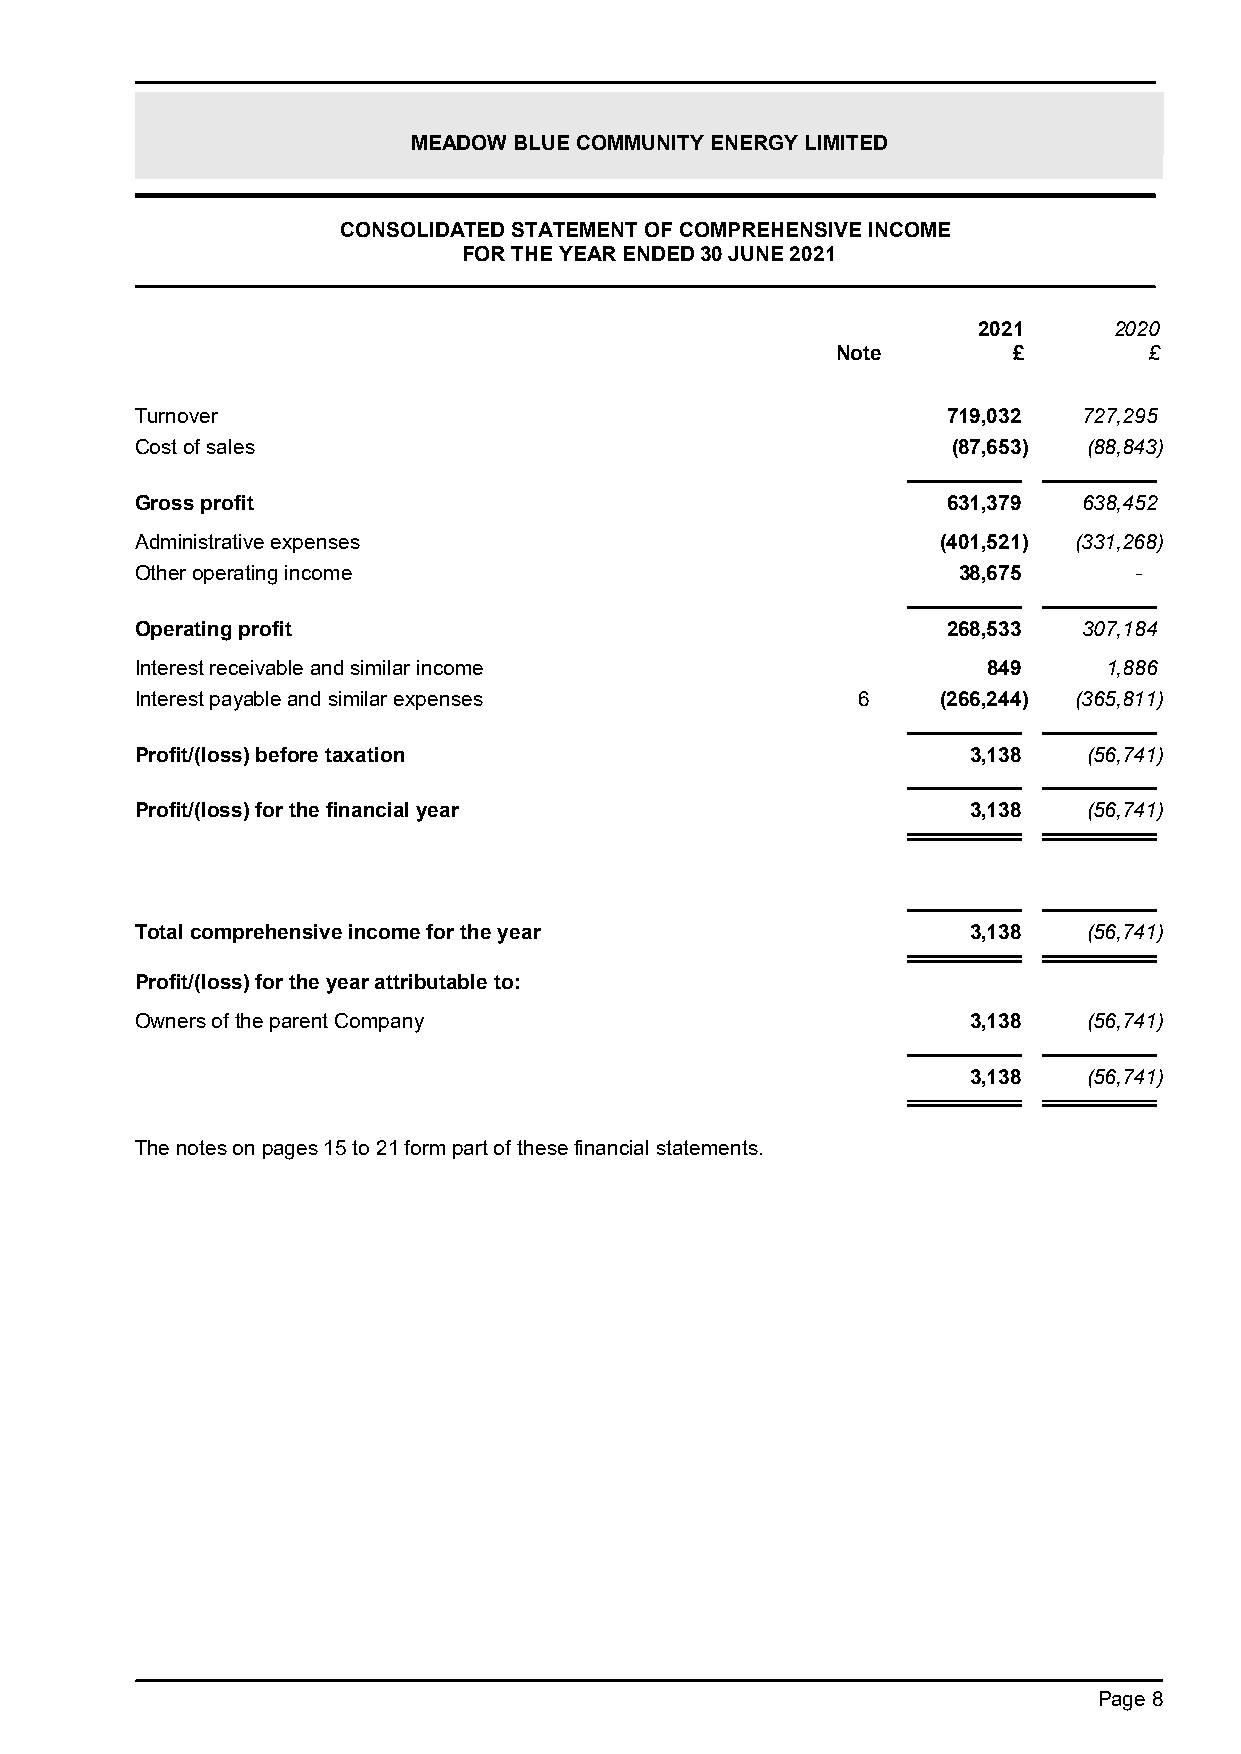
MEADOW BLUE COMMUNITY ENERGY LIMITED
 CONSOLIDATED STATEMENT OF COMPREHENSIVE INCOME
 FOR THE YEAR ENDED30 JUNE 2021
 2021     2020
 Note        £        £
 Turnover                                              719,032  727,295
 Cost of sales                                         (87,653) (88,843)
 Gross profit                                          631,379  638,452
 Administrative expenses                              (401,521) (331,268)
 Other operating income                                38,675      -
 Operating profit                                      268,533  307,184
 Interest receivable and similar income                  849     1,886
 Interest payable and similar expenses           6    (266,244) (365,811)
 Profit/(loss) before taxation                          3,138   (56,741)
 Profit/(loss) for the financial year                   3,138   (56,741)
 Total comprehensive income for the year                3,138   (56,741)
 Profit/(loss) for the year attributable to:
 Owners of the parent Company                           3,138   (56,741)
 3,138   (56,741)
 The notes on pages 15 to 21 form part of these financial statements.
 Page 8